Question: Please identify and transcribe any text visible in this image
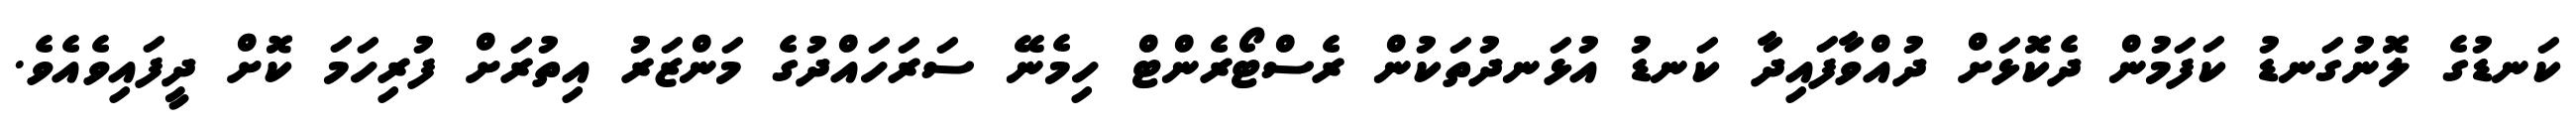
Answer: ކަނޑުގެ ލޮނުގަނޑު ކަފަމުން ދެކޮޅަށް ދުއްވާފައިދާ ކަނޑު އުޅަނދުތަކުން ރެސްޓޯރެންޓް ހިމެނޭ ސަރަހައްދުގެ މަންޒަރު އިތުރަށް ފުރިހަމަ ކޮށް ދީފައިވެއެވެ.